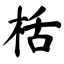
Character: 栝